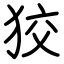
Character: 狡